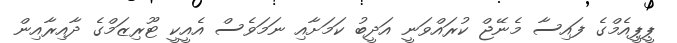
ޕީޕީއެމްގެ ފައިސާ މެނޭޖް ކުރައްވަނީ އަދީބު ކަމަށާއި ނަމަވެސް އެއީކީ ޓޫރިޒަމްގެ ދާއިރާއިން